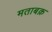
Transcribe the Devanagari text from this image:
मताबक़